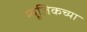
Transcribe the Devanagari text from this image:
म्यूज़िकच्या